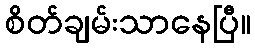
စိတ်ချမ်းသာနေပြီ။